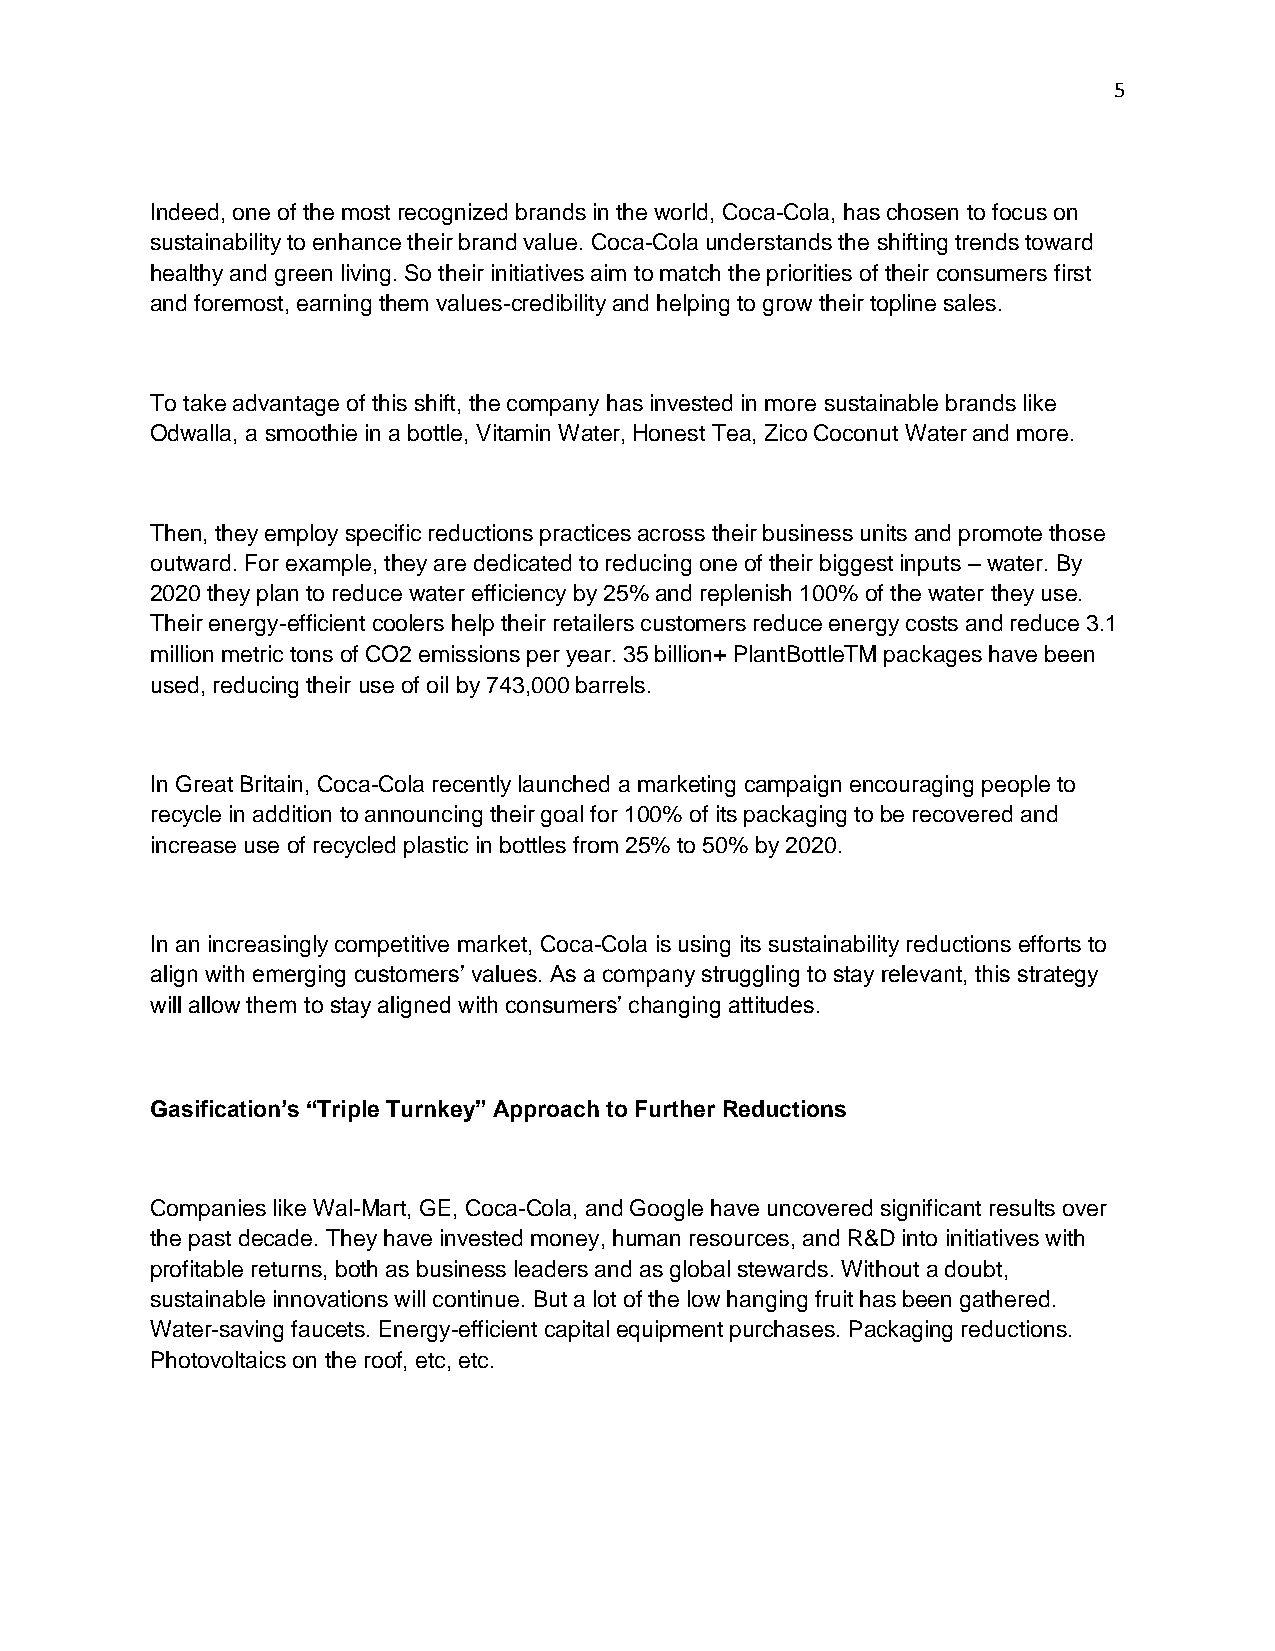
5
 Indeed, one of the most recognized brands in the world, Coca-Cola, has chosen to focus on
 sustainability to enhance their brand value. Coca-Cola understands the shifting trends toward
 healthy and green living. So their initiatives aim to match the priorities of their consumers first
 and foremost, earning them values-credibility and helping to grow their topline sales.
 To take advantage of this shift, the company has invested in more sustainable brands like
 Odwalla, a smoothie in a bottle, Vitamin Water, Honest Tea, Zico Coconut Water and more.
 Then, they employ specific reductions practices across their business units and promote those
 outward. For example, they are dedicated to reducing one of their biggest inputs – water. By
 2020 they plan to reduce water efficiency by 25% and replenish 100% of the water they use.
 Their energy-efficient coolers help their retailers customers reduce energy costs and reduce 3.1
 million metric tons of CO2 emissions per year. 35 billion+ PlantBottleTM packages have been
 used, reducing their use of oil by 743,000 barrels.
 In Great Britain, Coca-Cola recently launched a marketing campaign encouraging people to
 recycle in addition to announcing their goal for 100% of its packaging to be recovered and
 increase use of recycled plastic in bottles from 25% to 50% by 2020.
 In an increasingly competitive market, Coca-Cola is using its sustainability reductions efforts to
 align with emerging customers’ values. As a company struggling to stay relevant, this strategy
 will allow them to stay aligned with consumers’ changing attitudes.
 Gasification’s “Triple Turnkey” Approach to Further Reductions
 Companies like Wal-Mart, GE, Coca-Cola, and Google have uncovered significant results over
 the past decade. They have invested money, human resources, and R&D into initiatives with
 profitable returns, both as business leaders and as global stewards. Without a doubt,
 sustainable innovations will continue. But a lot of the low hanging fruit has been gathered.
 Water-saving faucets. Energy-efficient capital equipment purchases. Packaging reductions.
 Photovoltaics on the roof, etc, etc.